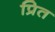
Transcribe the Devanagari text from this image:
प्रित